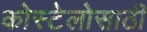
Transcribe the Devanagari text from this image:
कोस्टेलोसाठी